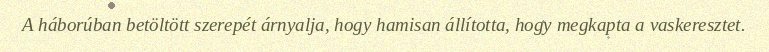
A háborúban betöltött szerepét árnyalja, hogy hamisan állította, hogy megkapta a vaskeresztet.